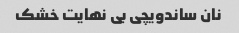
نان ساندویچی بی نهایت خشک